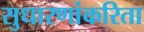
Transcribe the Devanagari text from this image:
सुधारणांकरिता